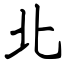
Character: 北